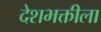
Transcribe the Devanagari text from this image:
देशभक्तीला